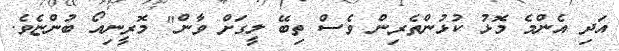
އަދި އެންމެ މޮޅު ކުޅުންތެރިން ވެސް ތިބޭ ލީގަށް ވާން" މޮރީނިއޯ ބުންޏެވެ.